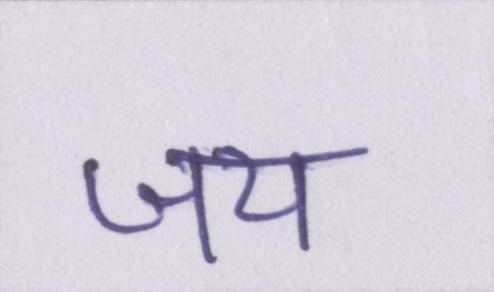
जय